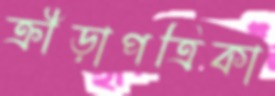
ক্রীড়াপত্রিকা